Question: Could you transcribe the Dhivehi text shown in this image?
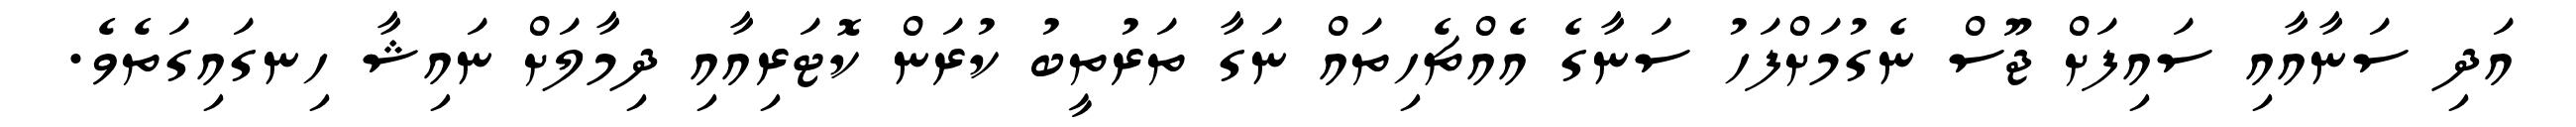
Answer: އަދި ސަނާއާއި ސައިފަށް ޖޫސް ނެގުމަށްފަހު ސަނާގެ އެއްޗެހިތައް ނަގާ ތަރުތީބު ކުރަން ކޮޓަރިއާއި ދިމާލަށް ނައިޝާ ހިނގައިގަތެވެ.